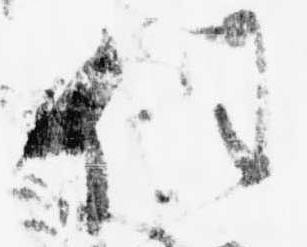
任